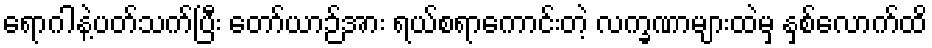
ရောဂါနဲ့ပတ်သက်ပြီး တော်ယာဉ်အား ရယ်စရာကောင်းတဲ့ လက္ခဏာများထဲမှ နှစ်လောက်ထိ